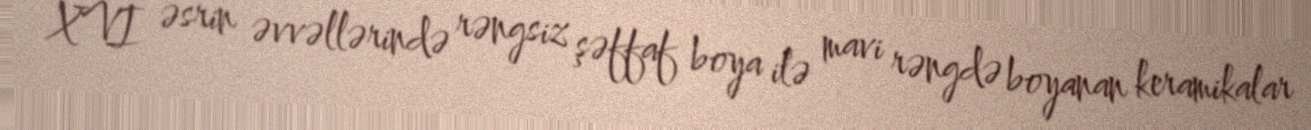
XVI əsrin əvvəllərində rəngsiz şəffaf boya ilə mavi rəngdə boyanan keramikalar